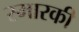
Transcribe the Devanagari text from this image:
स्मारकी